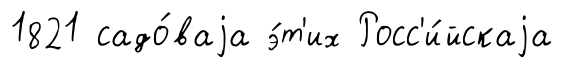
1821 садо́ваjа э́т'их Росс'и́йскаjа